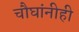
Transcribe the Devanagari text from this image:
चौघांनीही